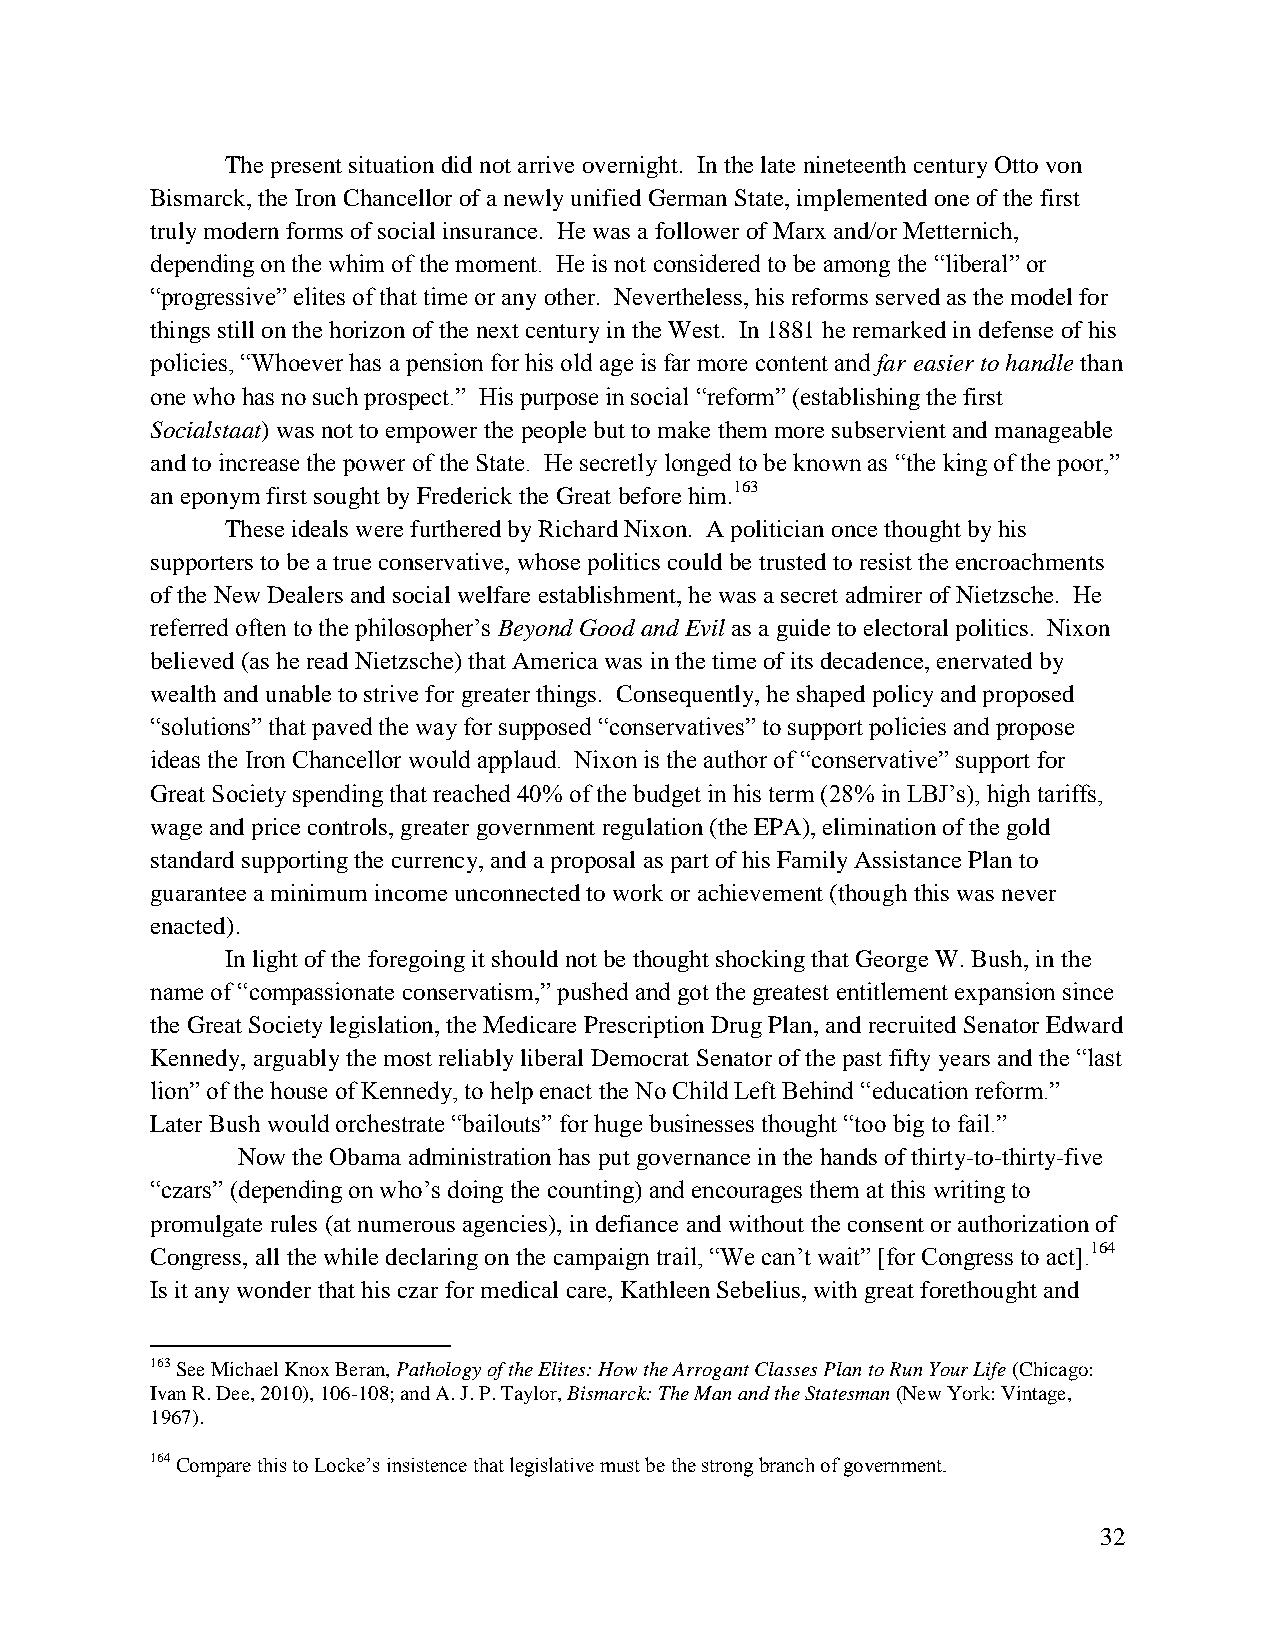
The present situation did not arrive overnight. In the late nineteenth century Otto von
 Bismarck, the Iron Chancellor of a newly unified German State, implemented one of the first
 truly modern forms of social insurance. He was a follower of Marx and/or Metternich,
 depending on the whim of the moment. He is not considered to be among the “liberal” or
 “progressive” elites of that time or any other. Nevertheless, his reforms served as the model for
 things still on the horizon of the next century in the West. In 1881 he remarked in defense of his
 policies, “Whoever has a pension for his old age is far more content and far easier to handle than
 one who has no such prospect.” His purpose in social “reform” (establishing the first
 Socialstaat) was not to empower the people but to make them more subservient and manageable
 and to increase the power of the State. He secretly longed to be known as “the king of the poor,”
 an eponym first sought by Frederick the Great before him.163
 These ideals were furthered by Richard Nixon. A politician once thought by his
 supporters to be a true conservative, whose politics could be trusted to resist the encroachments
 of the New Dealers and social welfare establishment, he was a secret admirer of Nietzsche. He
 referred often to the philosopher’s Beyond Good and Evil as a guide to electoral politics. Nixon
 believed (as he read Nietzsche) that America was in the time of its decadence, enervated by
 wealth and unable to strive for greater things. Consequently, he shaped policy and proposed
 “solutions” that paved the way for supposed “conservatives” to support policies and propose
 ideas the Iron Chancellor would applaud. Nixon is the author of “conservative” support for
 Great Society spending that reached 40% of the budget in his term (28% in LBJ’s), high tariffs,
 wage and price controls, greater government regulation (the EPA), elimination of the gold
 standard supporting the currency, and a proposal as part of his Family Assistance Plan to
 guarantee a minimum income unconnected to work or achievement (though this was never
 enacted).
 In light of the foregoing it should not be thought shocking that George W. Bush, in the
 name of “compassionate conservatism,” pushed and got the greatest entitlement expansion since
 the Great Society legislation, the Medicare Prescription Drug Plan, and recruited Senator Edward
 Kennedy, arguably the most reliably liberal Democrat Senator of the past fifty years and the “last
 lion” of the house of Kennedy, to help enact the No Child Left Behind “education reform.”
 Later Bush would orchestrate “bailouts” for huge businesses thought “too big to fail.”
 Now the Obama administration has put governance in the hands of thirty-to-thirty-five
 “czars” (depending on who’s doing the counting) and encourages them at this writing to
 promulgate rules (at numerous agencies), in defiance and without the consent or authorization of
 Congress, all the while declaring on the campaign trail, “We can’t wait” [for Congress to act].164
 Is it any wonder that his czar for medical care, Kathleen Sebelius, with great forethought and
 163 See Michael Knox Beran, Pathology of the Elites: How the Arrogant Classes Plan to Run Your Life (Chicago:
 Ivan R. Dee, 2010), 106-108; and A. J. P. Taylor, Bismarck: The Man and the Statesman (New York: Vintage,
 1967).
 164 Compare this to Locke’s insistence that legislative must be the strong branch of government.
 32